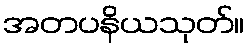
အတပနိယသုတ်။